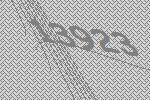
13923